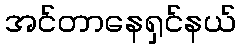
အင်တာနေရှင်နယ်